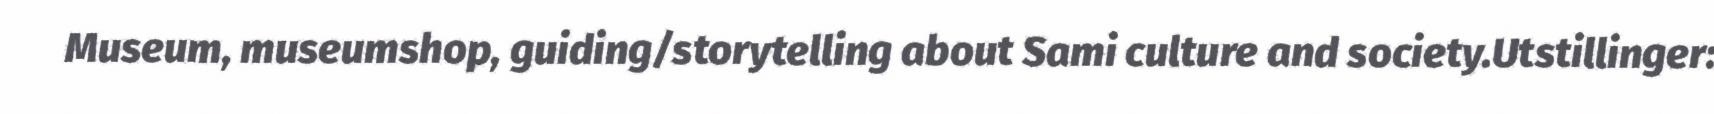
Museum, museumshop, guiding/storytelling about Sami culture and society.Utstillinger: